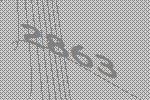
2863